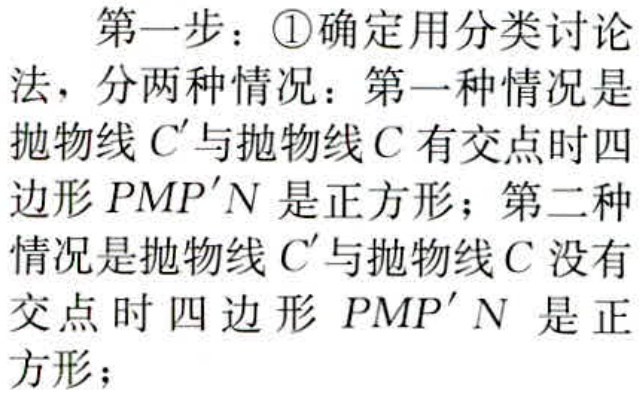
第一步：\textcircled{1}确定用分类讨论
法，分两种情况：第一种情况是
抛物线\(C'\)与抛物线\(C\)有交点时四
边形\(PMP'N\)是正方形；第二种
情况是抛物线\(C'\)与抛物线\(C\)没有
交点时四边形 \(PMP'N\) 是正
方形；